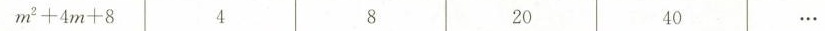
$$m^{ 2 } + 4 m + 8$$ 4 8 20 40 …